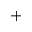
^ +